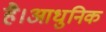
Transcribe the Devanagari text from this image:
है।आधुनिक